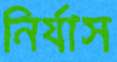
নির্যাস